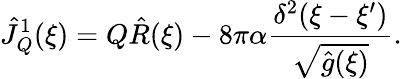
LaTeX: {\hat{J}_{Q}^{1}}(\xi)=Q{\hat{R}}(\xi)-8\pi\alpha{\frac{{\delta^{2}}(\xi-\xi^{\prime})}{\sqrt{\hat{g}(\xi)}}}.